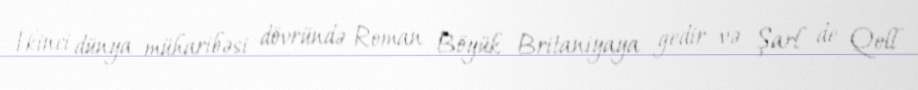
İkinci dünya müharibəsi dövründə Roman Böyük Britaniyaya gedir və Şarl de Qoll